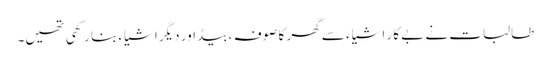
طالبات نے بے کار اشیاء سے گھر کا صوفہ ، بیڈ اور دیگر اشیاء بنا رکھی تھیں۔